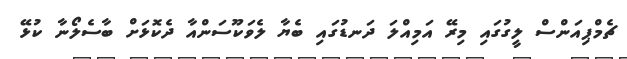
ޗެމްޕިއަންސް ލީގުގައި މިރޭ އަމިއްލަ ދަނޑުގައި ބެޔާ ލެވަކޫސަންއާ ދެކޮޅަށް ބާސެލޯނާ ކުޅޭ